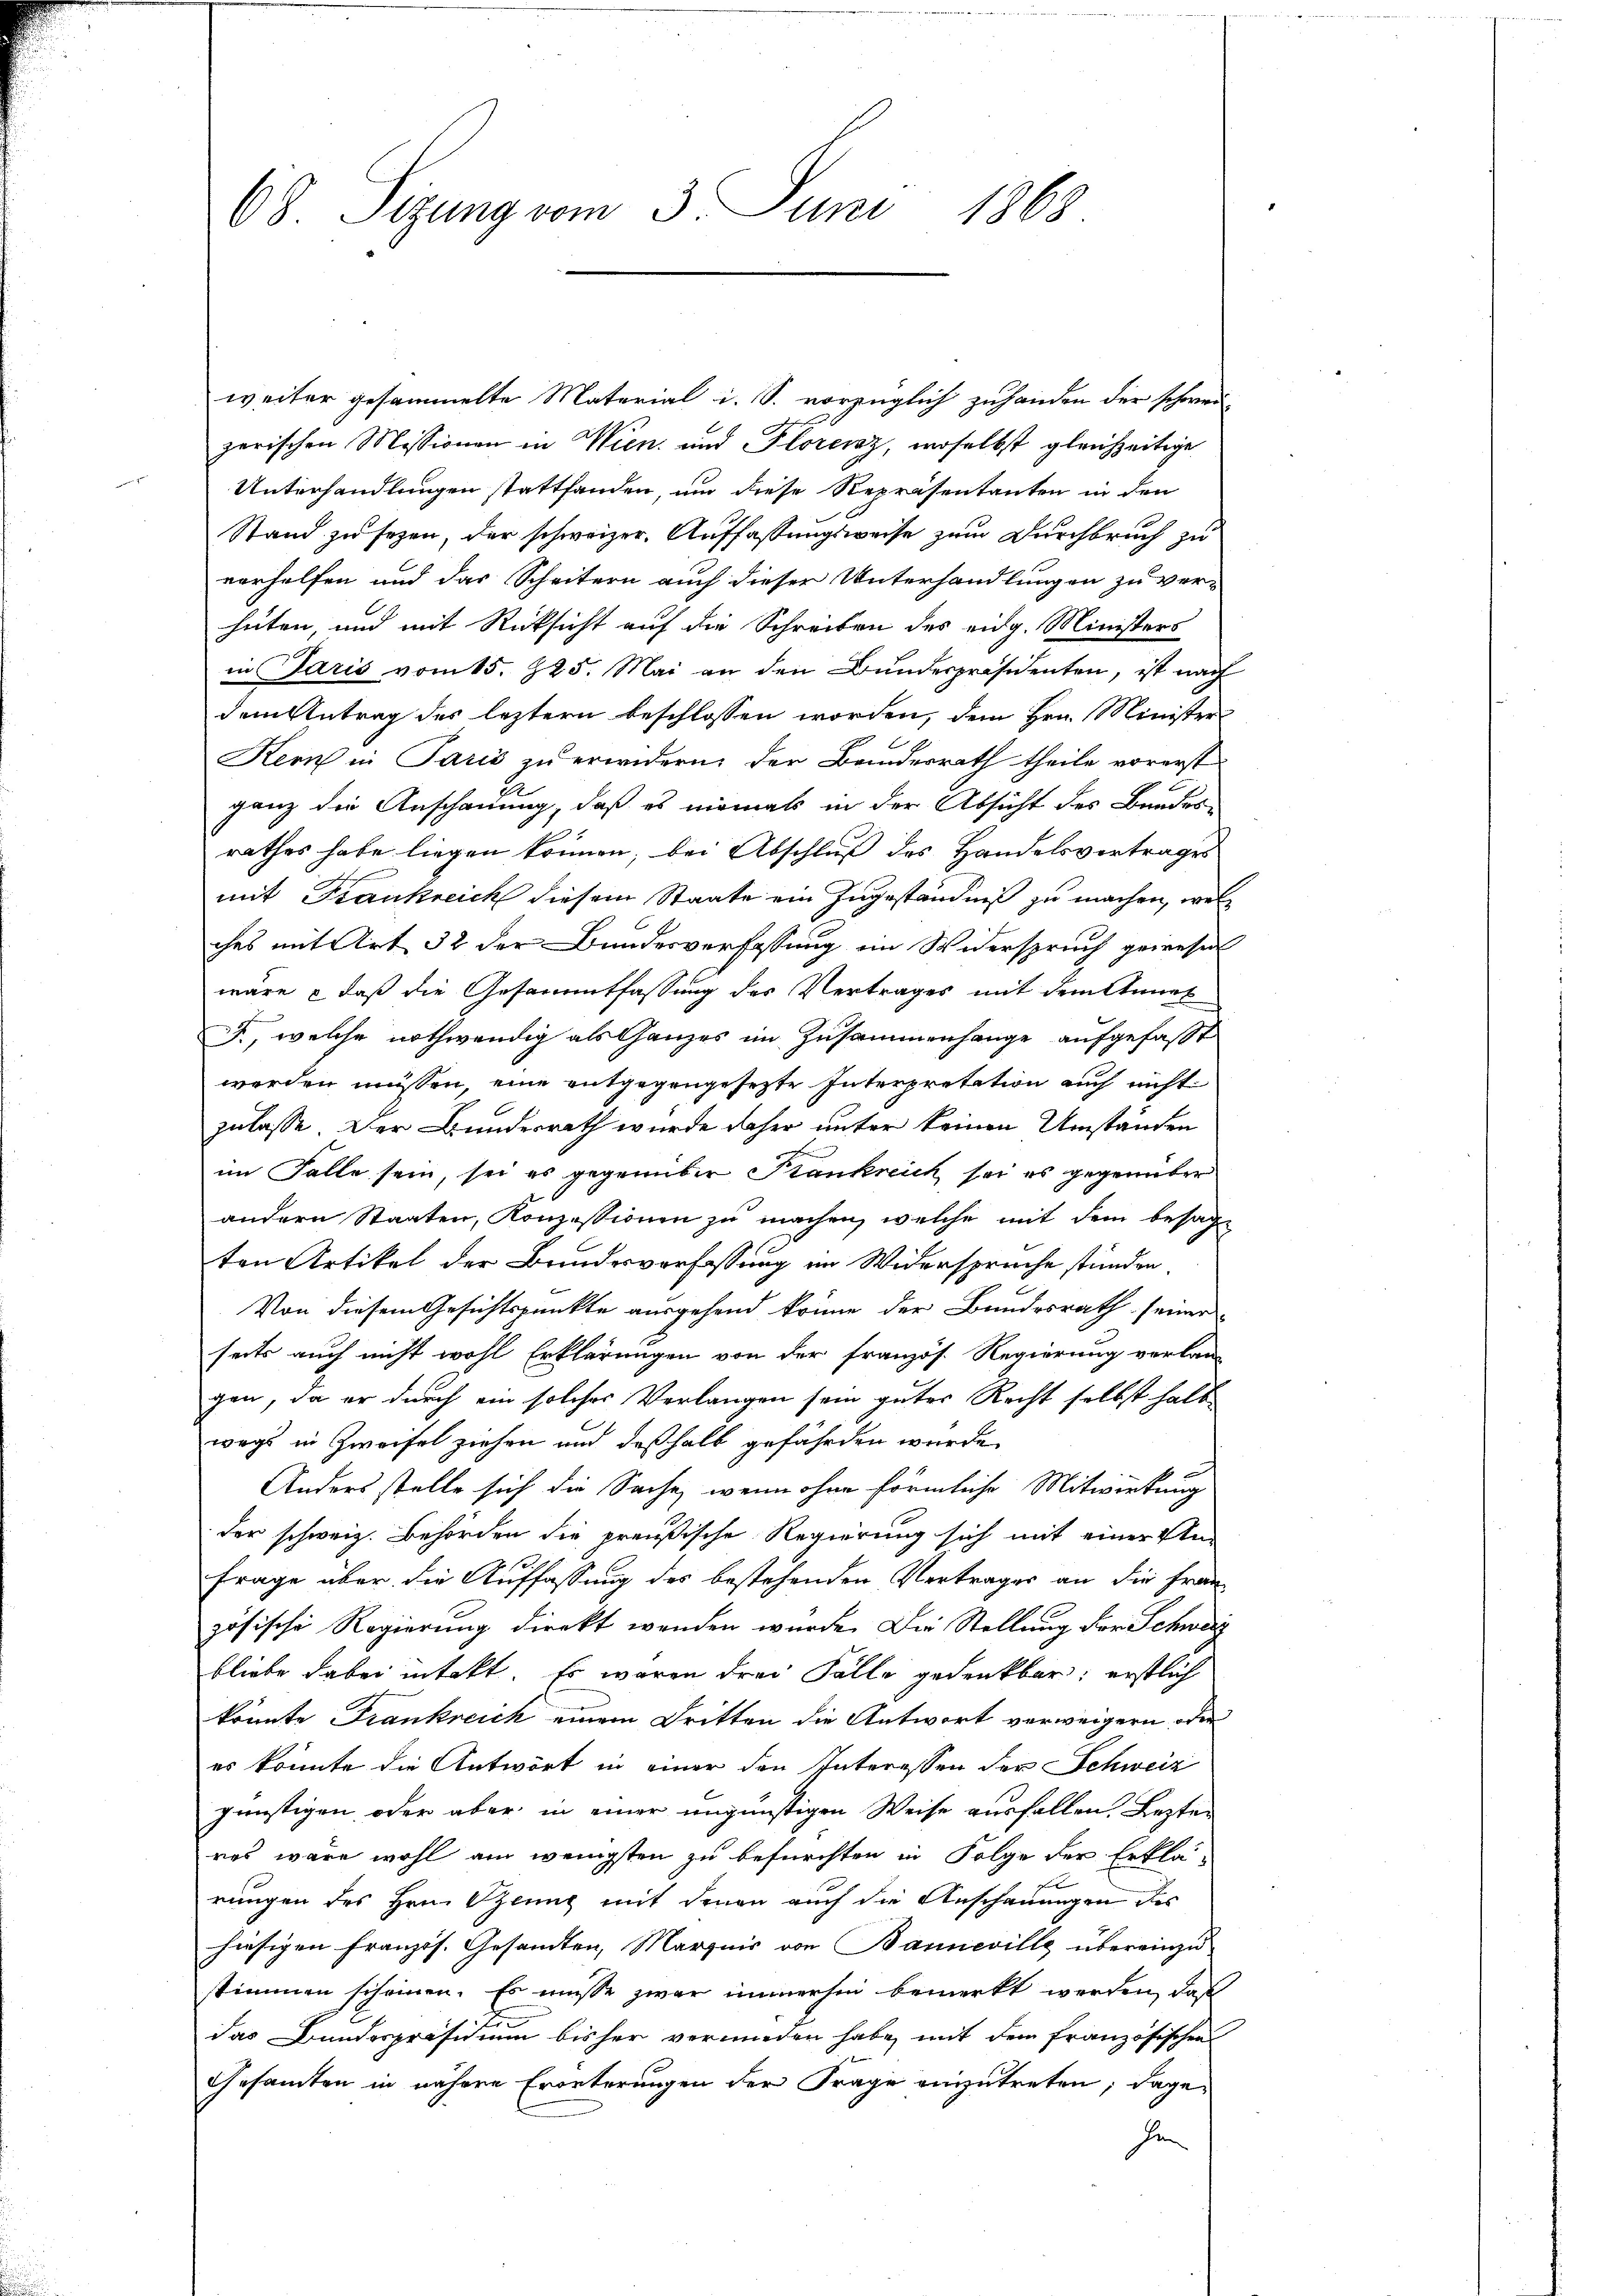
68. Sizung vom 3. Juni 1868.

weiter gesammelte Material i. S. vorzüglich zuhanden der schwer-
zerischen Missionen in Wien, und Florenz, woselbst gleichzeitige
Unterhandlungen stattfanden, um diese Repräsentanten in den
Stand zu sezen, der schweizer. Auffassungsweise zum Durchbruch zu
vorhelfen und das Scheitern auch dieser Unterhandlungen zu ver-
hüten, und mit Rücksicht auf die Schreiben des eidg. Ministers
in Paris vom 15. 225. Mai an den Bundespräsidenten, ist nach
dem Antrag des leztern beschlossen worden, dem Hrn. Minister
Kern in Paris zu erwidern, der Bundesrath theile vorerst
ganz die Anschauung, daß es niemals in der Absicht des Bundes-
rathes habe liegen können; bei Abschluß des Handelsvertrages
mit Frankreich diesem Staate ein Zugeständniß zu machen, welches mit Art 32 der Bundesverfassung im Widerspruch gewesen
wäre – daß die Gesammtfassung des Vertrages mit dem Annel
J., welche nothwendig als Ganzes im Zusammenhange aufgefaßt
werden müssen, eine entgegengesetzte Interpretation auch nicht
zulasse. Der Bundesrath wurde daher unter keinen Umständen
im Falle sein, sei es gegenüber Krankreich sei es gegenüber
andern Staaten, Konzessionen zu machen, welche mit dem besagte
ten Artikel der Bundesverfassung im Widerspruche stünden
Von diesem Gesichtspunkte ausgehend könne der Bundesrath seiner
seits auch nicht wohl Erklärungen von der französ. Regierung verlan-
gen, da er durch ein solches Verlangen sein guter Recht selbst halt
wegs in Zweifel ziehen und deßhalb gefährden wurde,
Anders stelle sich die Sache, wenn ohne förmliche Mitwirkung
der schweiz. Behörden die preußische Regierung sich mit einer Un¬
Frage über die Auffassung des bestehenden Vertrages an die Frau
zösische Regierung direkt wenden wurde. Der Stellung der Schweiz
bliebe dabei intakt. Es waren drei Fälle gedenkbar; erstlich
könnte Frankreich einem Dritten die Antwort verweigern oder
es könnte die Antwort in einer den Interessen der Schweiz
günstigen, oder aber in einer ungünstigen Weise ausfallen. Lezten
res wäre wohl am wenigsten zu befürchten in Folge der Erklä-
rungen des Hrn. Genug mit denen auch die Anschauungen des
hiesigen Französ. Gesandten, Margnis von Banneville übereinzu-
stimmen scheinen. Es müsse zwar immerhin bemerkt werden, daß
das Bundespräsidium bisher verwieden habe, mit dem französischen
Gesamten in nähere Erörterungen der Frage einzutreten; dage-
he